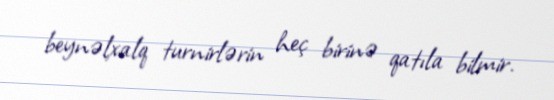
beynəlxalq turnirlərin heç birinə qatıla bilmir.